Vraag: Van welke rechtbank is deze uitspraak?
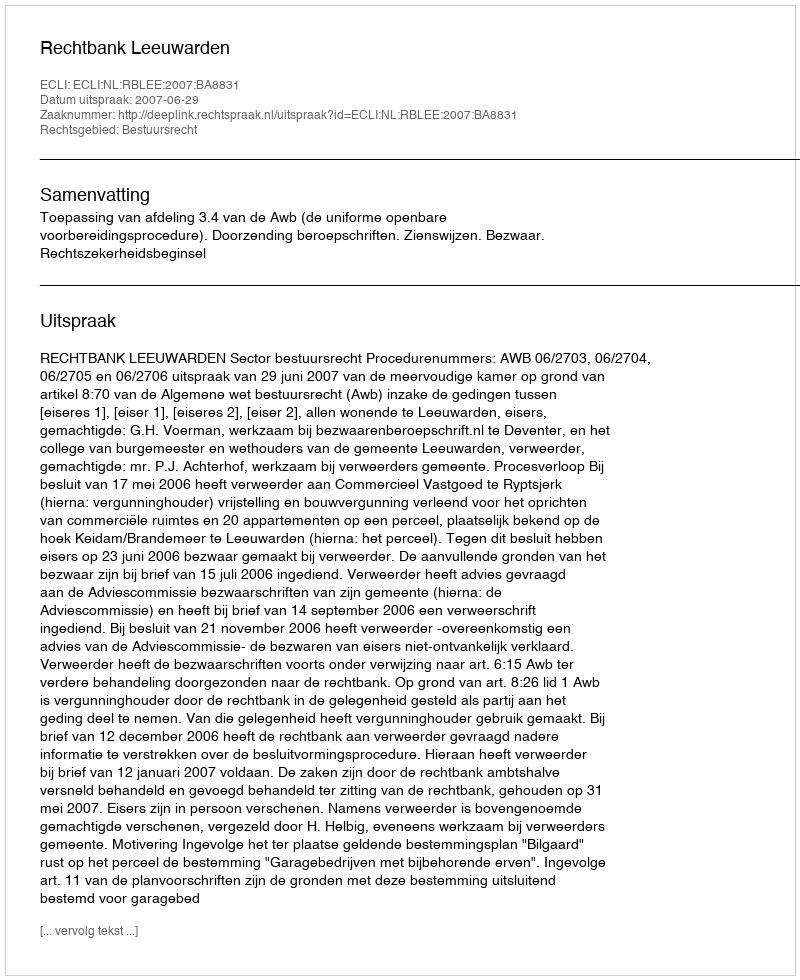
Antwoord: Rechtbank Leeuwarden